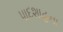
પાદશાહના